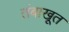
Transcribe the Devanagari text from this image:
तंबाखूत